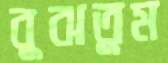
বুঝতুম